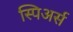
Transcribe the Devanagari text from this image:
स्पिअर्स